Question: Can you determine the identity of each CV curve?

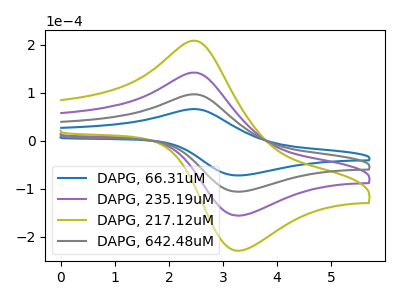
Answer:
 <answer>The blue curve is labeled "DAPG, 66.31uM". The purple curve is labeled "DAPG, 235.19uM". The olive curve is labeled "DAPG, 217.12uM". The gray curve is labeled "DAPG, 642.48uM".</answer>
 <eval></eval>